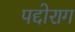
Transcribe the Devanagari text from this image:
पद्दोराग